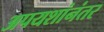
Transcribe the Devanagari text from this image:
अपयशांनंतर